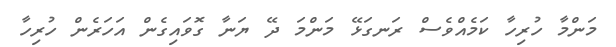
މަންމާ ހުރިހާ ކަމެއްވެސް ރަނގަޅޭ މަންމަ ދޭ ޔަނާ ގޮވައިގެން އަހަރެން ހުރިހާ